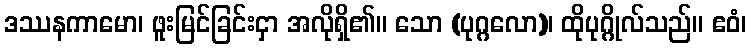
ဒဿနကာမော၊ ဖူးမြင်ခြင်းငှာ အလိုရှိ၏။ သော (ပုဂ္ဂလော)၊ ထိုပုဂ္ဂိုလ်သည်။ ဧဝံ၊